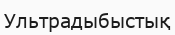
Ультрадыбыстық